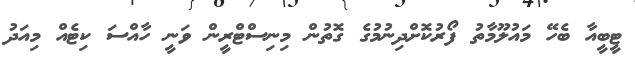
ޓީބީއާ ބެހޭ މައުލޫމާތު ފޯރުކޮށްދިނުމުގެ ގޮތުން މިނިސްޓްރީން ވަނީ ހާއްސަ ކިޓެއް މިއަދު